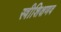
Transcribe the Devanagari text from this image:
स्त्रीशिक्षणव